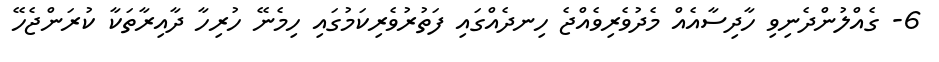
6- ގެއްލުންދެނިވި ހާދިސާއެއް މެދުވެރިވެއްޖެ ހިނދެއްގައި ފަތުރުވެރިކަމުގައި ހިމެނޭ ހުރިހާ ދާއިރާތަކާ ކުރަންޖެހޭ